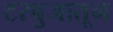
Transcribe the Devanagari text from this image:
टरबुजातून